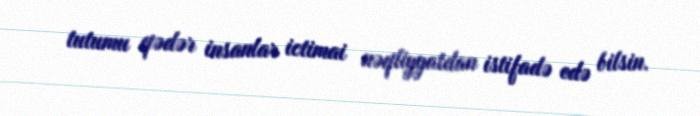
tutumu qədər insanlar ictimai nəqliyyatdan istifadə edə bilsin.